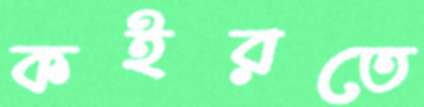
কইরতে